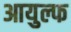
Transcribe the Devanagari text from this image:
आयुल्फ